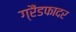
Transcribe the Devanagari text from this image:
ग्रैंडफादर